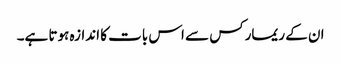
ان کے ریمارکس سے اس بات کا اندازہ ہوتا ہے۔